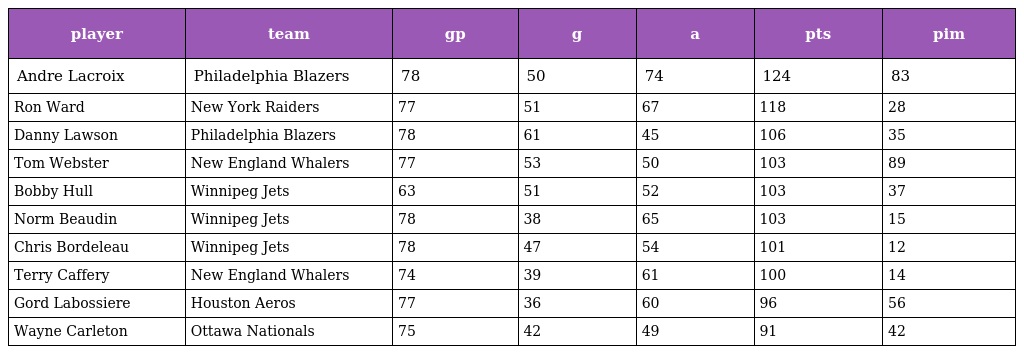
| player | team | gp | g | a | pts | pim |
 | --- | --- | --- | --- | --- | --- | --- |
 | Andre Lacroix | Philadelphia Blazers | 78 | 50 | 74 | 124 | 83 |
 | Ron Ward | New York Raiders | 77 | 51 | 67 | 118 | 28 |
 | Danny Lawson | Philadelphia Blazers | 78 | 61 | 45 | 106 | 35 |
 | Tom Webster | New England Whalers | 77 | 53 | 50 | 103 | 89 |
 | Bobby Hull | Winnipeg Jets | 63 | 51 | 52 | 103 | 37 |
 | Norm Beaudin | Winnipeg Jets | 78 | 38 | 65 | 103 | 15 |
 | Chris Bordeleau | Winnipeg Jets | 78 | 47 | 54 | 101 | 12 |
 | Terry Caffery | New England Whalers | 74 | 39 | 61 | 100 | 14 |
 | Gord Labossiere | Houston Aeros | 77 | 36 | 60 | 96 | 56 |
 | Wayne Carleton | Ottawa Nationals | 75 | 42 | 49 | 91 | 42 |